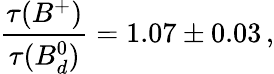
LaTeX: \frac{\tau(B^{+})}{\tau(B_{d}^{0})}=1.07\pm 0.03\, ,